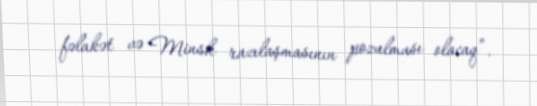
fəlakət və Minsk razılaşmasının pozulması olacaq”.